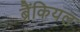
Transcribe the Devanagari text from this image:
ब्रैंकियल